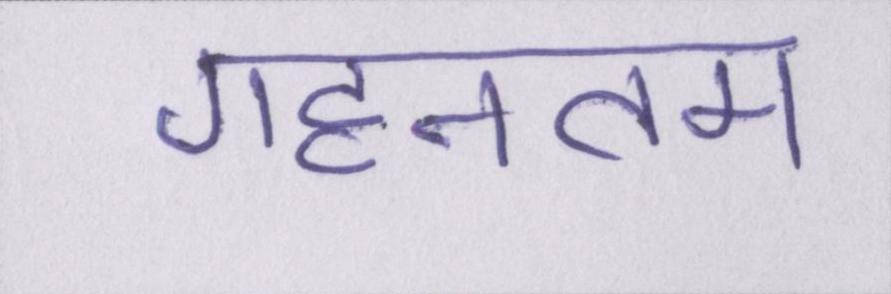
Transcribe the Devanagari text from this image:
गहनतम